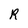
Character: R